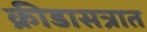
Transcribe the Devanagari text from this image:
क्रीडासत्रात